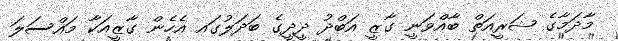
މާދަމާގެ ޝަރީއަތް ބާއްވަނީ ގާޒީ އަބްދު ދީދީގެ ބަދަލުގައ އެހެން ގާޒީއަކާ މައްސަލަ